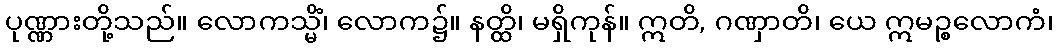
ပုဏ္ဏားတို့သည်။ လောကသ္မိံ၊ လောက၌။ နတ္ထိ၊ မရှိကုန်။ ဣတိ, ဂဏှာတိ၊ ယေ ဣမဉ္စလောကံ၊